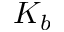
K _ { b }